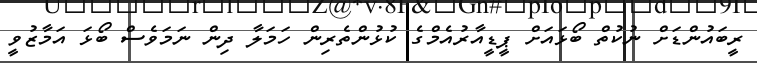
ރީބައުންޑަށް ނުކުތް ބޯޅައަށް ޕީޑީއާރުއެމްގެ ކުޅުންތެރިން ހަމަލާ ދިން ނަމަވެސް ބޯޅަ އަމާޒުވީ